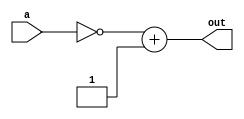
module twosComp(input [31:0] a, output [31:0] out);

	assign out = (~a) + 1;
	
endmodule